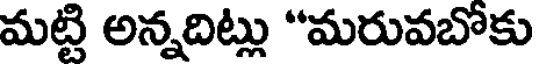
మట్టి అన్నదిట్లు "మరువబోకు